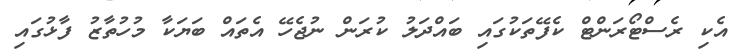
އެކި ރެސްޓޯރަންޓް ކެފޭތަކުގައި ބައްދަލު ކުރަން ނުޖެހޭ އެތައް ބަޔަކާ މުހުތާޒު ފާޅުގައި